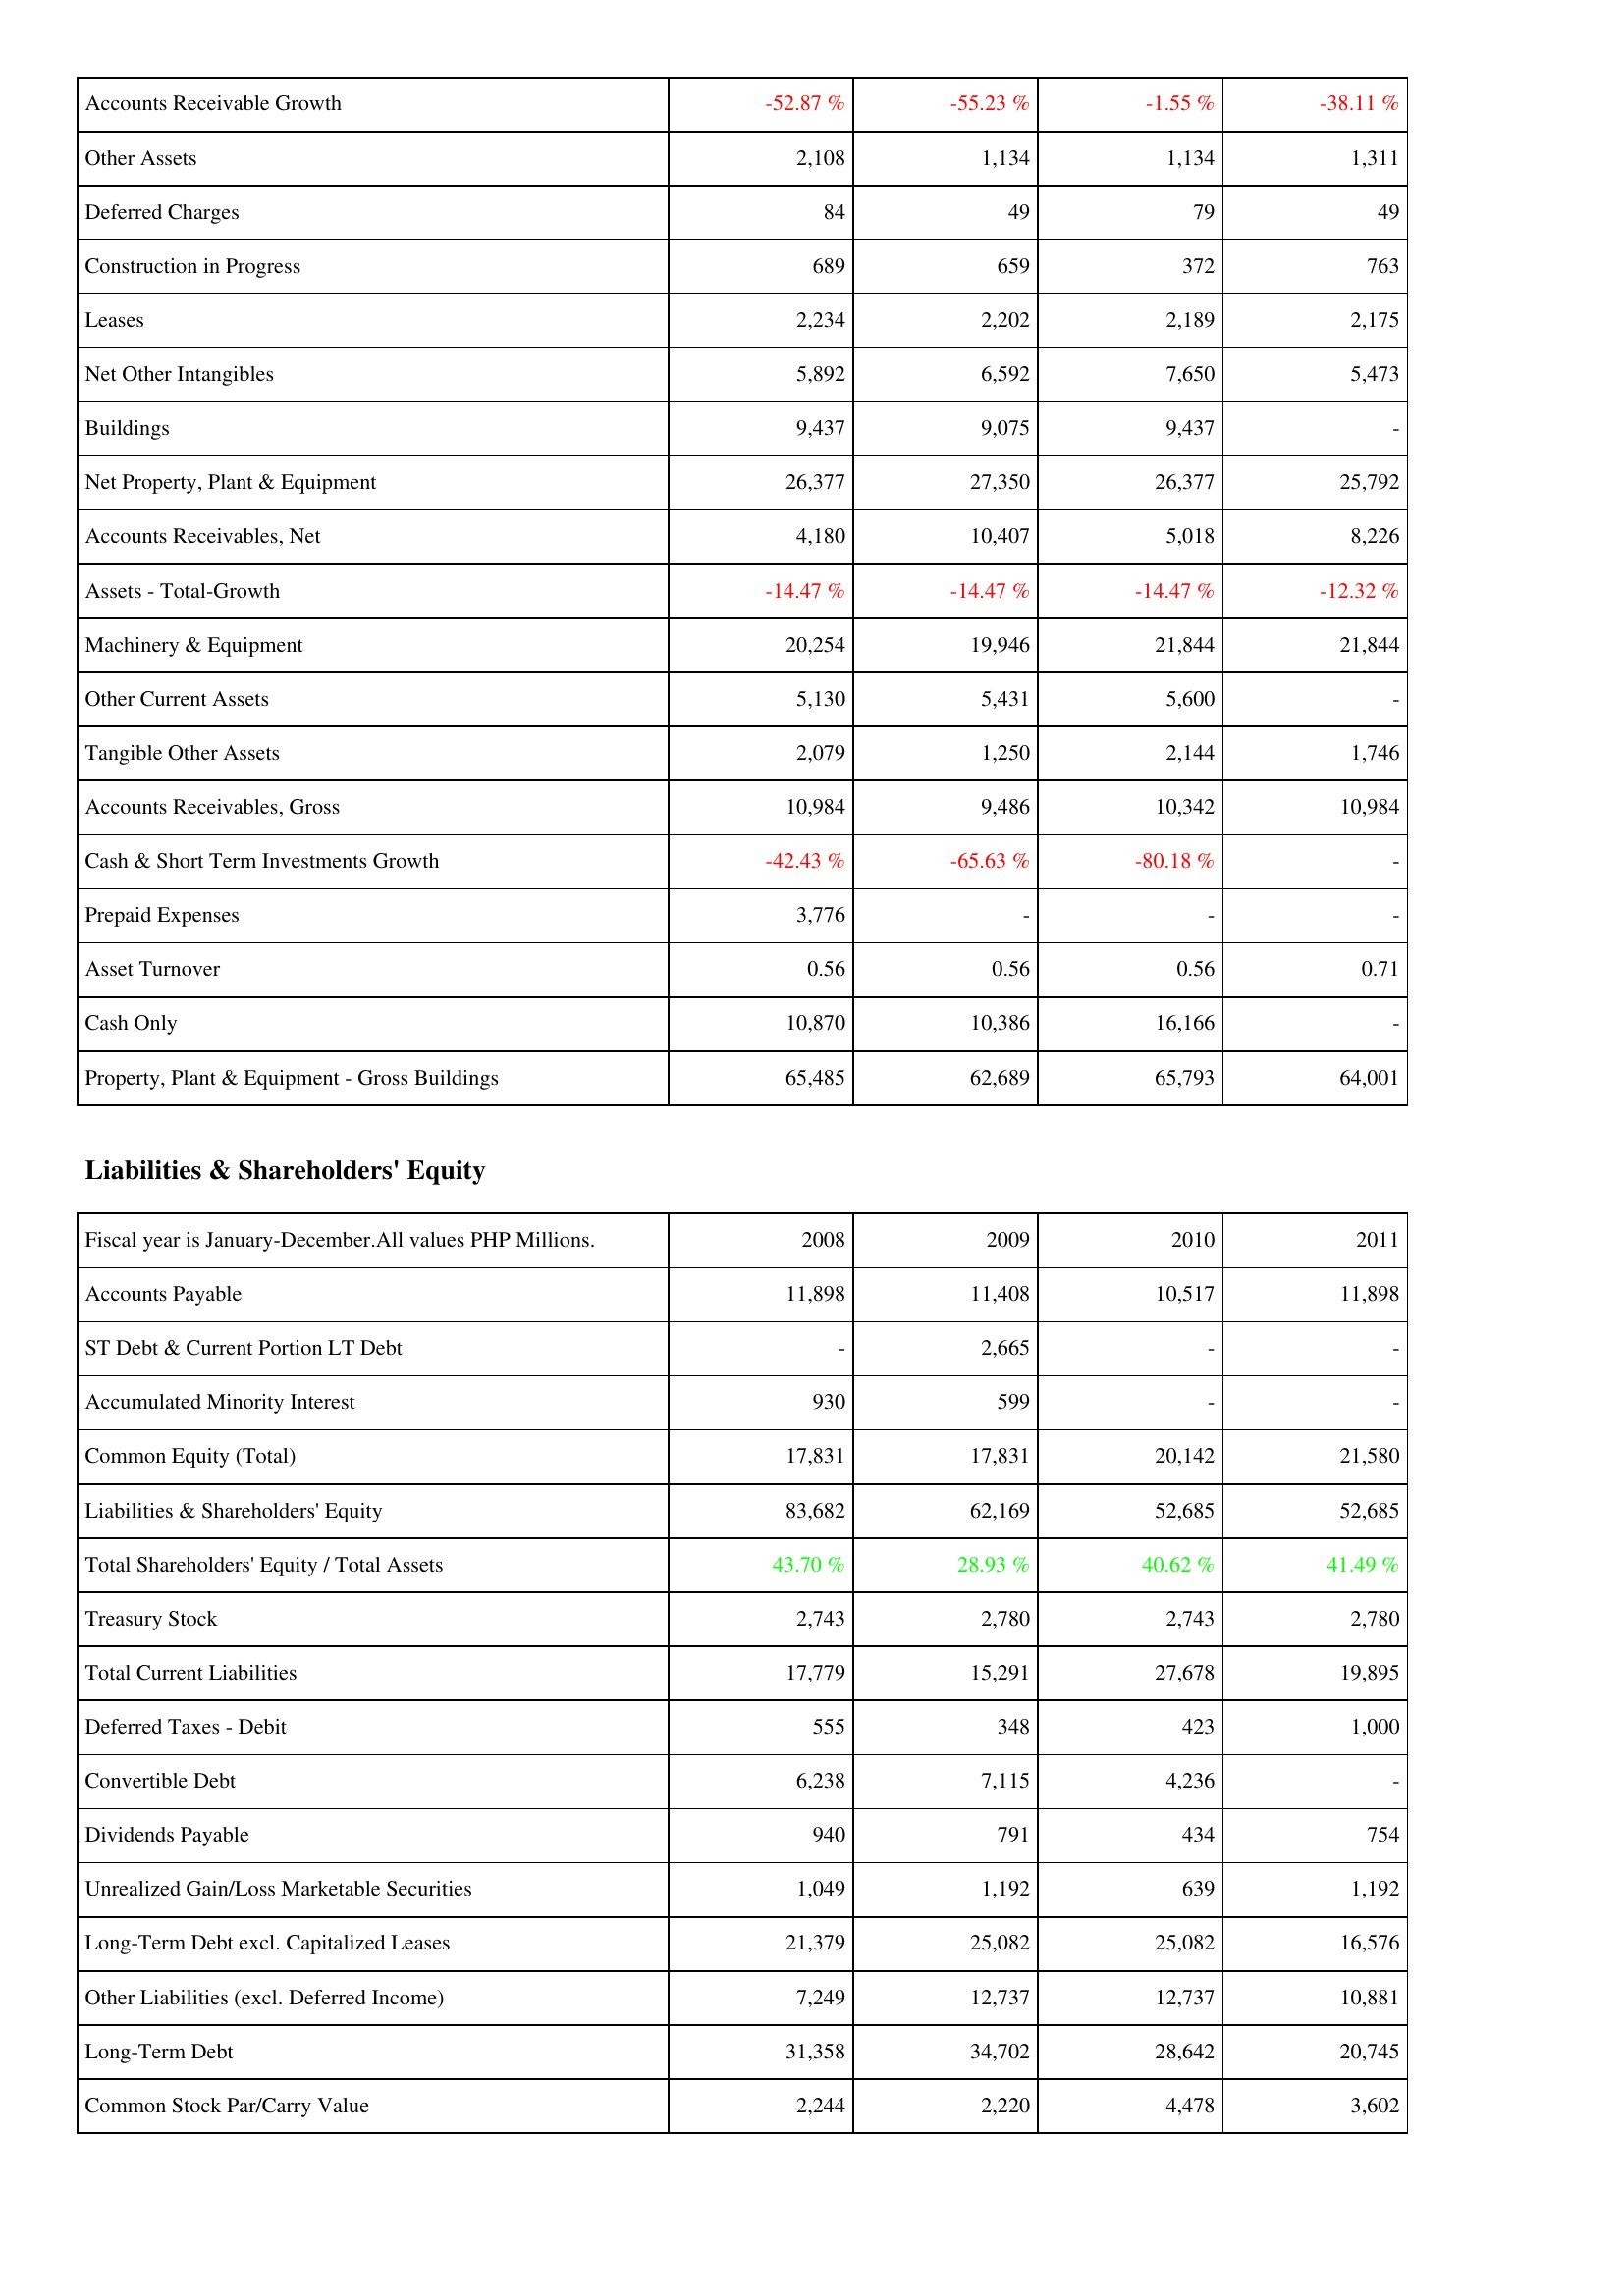
2008: Assets: Accounts Receivable Growth: -52.87 %
Other Assets: 2,108
Deferred Charges: 84
Construction in Progress: 689
Leases: 2,234
Net Other Intangibles: 5,892
Buildings: 9,437
Net Property, Plant & Equipment: 26,377
Accounts Receivables, Net: 4,180
Assets - Total-Growth: -14.47 %
Machinery & Equipment: 20,254
Other Current Assets: 5,130
Tangible Other Assets: 2,079
Accounts Receivables, Gross: 10,984
Cash & Short Term Investments Growth: -42.43 %
Prepaid Expenses: 3,776
Asset Turnover: 0.56
Cash Only: 10,870
Property, Plant & Equipment - Gross Buildings: 65,485
Liabilities & Shareholders' Equity: Accounts Payable: 11,898
ST Debt & Current Portion LT Debt: -
Accumulated Minority Interest: 930
Common Equity (Total): 17,831
Liabilities & Shareholders' Equity: 83,682
Total Shareholders' Equity / Total Assets: 43.70 %
Treasury Stock: 2,743
Total Current Liabilities: 17,779
Deferred Taxes - Debit: 555
Convertible Debt: 6,238
Dividends Payable: 940
Unrealized Gain/Loss Marketable Securities: 1,049
Long-Term Debt excl. Capitalized Leases: 21,379
Other Liabilities (excl. Deferred Income): 7,249
Long-Term Debt: 31,358
Common Stock Par/Carry Value: 2,244
2009: Assets: Accounts Receivable Growth: -55.23 %
Other Assets: 1,134
Deferred Charges: 49
Construction in Progress: 659
Leases: 2,202
Net Other Intangibles: 6,592
Buildings: 9,075
Net Property, Plant & Equipment: 27,350
Accounts Receivables, Net: 10,407
Assets - Total-Growth: -14.47 %
Machinery & Equipment: 19,946
Other Current Assets: 5,431
Tangible Other Assets: 1,250
Accounts Receivables, Gross: 9,486
Cash & Short Term Investments Growth: -65.63 %
Prepaid Expenses: -
Asset Turnover: 0.56
Cash Only: 10,386
Property, Plant & Equipment - Gross Buildings: 62,689
Liabilities & Shareholders' Equity: Accounts Payable: 11,408
ST Debt & Current Portion LT Debt: 2,665
Accumulated Minority Interest: 599
Common Equity (Total): 17,831
Liabilities & Shareholders' Equity: 62,169
Total Shareholders' Equity / Total Assets: 28.93 %
Treasury Stock: 2,780
Total Current Liabilities: 15,291
Deferred Taxes - Debit: 348
Convertible Debt: 7,115
Dividends Payable: 791
Unrealized Gain/Loss Marketable Securities: 1,192
Long-Term Debt excl. Capitalized Leases: 25,082
Other Liabilities (excl. Deferred Income): 12,737
Long-Term Debt: 34,702
Common Stock Par/Carry Value: 2,220
2010: Assets: Accounts Receivable Growth: -1.55 %
Other Assets: 1,134
Deferred Charges: 79
Construction in Progress: 372
Leases: 2,189
Net Other Intangibles: 7,650
Buildings: 9,437
Net Property, Plant & Equipment: 26,377
Accounts Receivables, Net: 5,018
Assets - Total-Growth: -14.47 %
Machinery & Equipment: 21,844
Other Current Assets: 5,600
Tangible Other Assets: 2,144
Accounts Receivables, Gross: 10,342
Cash & Short Term Investments Growth: -80.18 %
Prepaid Expenses: -
Asset Turnover: 0.56
Cash Only: 16,166
Property, Plant & Equipment - Gross Buildings: 65,793
Liabilities & Shareholders' Equity: Accounts Payable: 10,517
ST Debt & Current Portion LT Debt: -
Accumulated Minority Interest: -
Common Equity (Total): 20,142
Liabilities & Shareholders' Equity: 52,685
Total Shareholders' Equity / Total Assets: 40.62 %
Treasury Stock: 2,743
Total Current Liabilities: 27,678
Deferred Taxes - Debit: 423
Convertible Debt: 4,236
Dividends Payable: 434
Unrealized Gain/Loss Marketable Securities: 639
Long-Term Debt excl. Capitalized Leases: 25,082
Other Liabilities (excl. Deferred Income): 12,737
Long-Term Debt: 28,642
Common Stock Par/Carry Value: 4,478
2011: Assets: Accounts Receivable Growth: -38.11 %
Other Assets: 1,311
Deferred Charges: 49
Construction in Progress: 763
Leases: 2,175
Net Other Intangibles: 5,473
Buildings: -
Net Property, Plant & Equipment: 25,792
Accounts Receivables, Net: 8,226
Assets - Total-Growth: -12.32 %
Machinery & Equipment: 21,844
Other Current Assets: -
Tangible Other Assets: 1,746
Accounts Receivables, Gross: 10,984
Cash & Short Term Investments Growth: -
Prepaid Expenses: -
Asset Turnover: 0.71
Cash Only: -
Property, Plant & Equipment - Gross Buildings: 64,001
Liabilities & Shareholders' Equity: Accounts Payable: 11,898
ST Debt & Current Portion LT Debt: -
Accumulated Minority Interest: -
Common Equity (Total): 21,580
Liabilities & Shareholders' Equity: 52,685
Total Shareholders' Equity / Total Assets: 41.49 %
Treasury Stock: 2,780
Total Current Liabilities: 19,895
Deferred Taxes - Debit: 1,000
Convertible Debt: -
Dividends Payable: 754
Unrealized Gain/Loss Marketable Securities: 1,192
Long-Term Debt excl. Capitalized Leases: 16,576
Other Liabilities (excl. Deferred Income): 10,881
Long-Term Debt: 20,745
Common Stock Par/Carry Value: 3,602